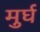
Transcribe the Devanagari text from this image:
मुर्घ